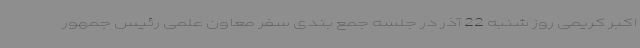
اکبر کریمی روز شنبه 22 آذر در جلسه جمع بندی سفر معاون علمی رئیس جمهور